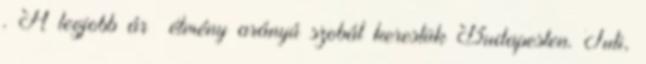
. A legjobb ár élmény arányú szobát kerestük Budapesten. Tuti,